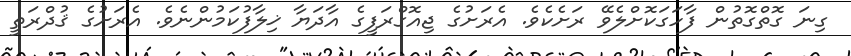
ގިނަ ގޮތްގޮތުން ފާހަގަކޮށްލެވޭ ރަށެކެވެ. އެރަށުގެ ޖިއޮގްރަފީގެ އާދަޔާ ޚިލާފުކަމުންނެވެ. އެރަށުގެ ޤުދްރަތީ